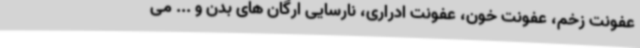
عفونت زخم، عفونت خون، عفونت ادراری، نارسایی ارگان های بدن و ... می